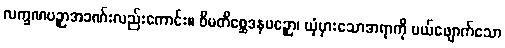
လက္ခဏပဉှာအခဏ်းလည်းကောင်း။ ဝိမတိစ္ဆေဒနပဉှော၊ ယုံမှားသောအရာကို ပယ်ဖျောက်သော